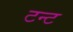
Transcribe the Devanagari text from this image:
टन्ट